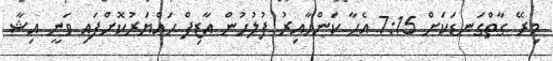
މިރޭ ގާތްގަނޑަކަށް 7:15 އެހާ ކަންހާއިރު ފުލުހުން އާޒިފް ހައްޔަރުކޮށްފައި ވަނީ އިޝާ